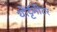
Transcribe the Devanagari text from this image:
योट्टॅमीटर